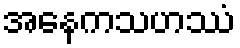
အနေကသဟဿံ